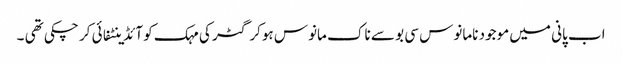
اب پانی میں موجود نامانوس سی بو سے ناک مانوس ہوکر گٹر کی مہک کو آئڈینٹفائی کر چکی تھی ۔